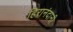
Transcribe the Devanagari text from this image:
हिरानंदानी